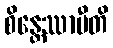
စိန္တေဿာမီတိ